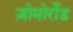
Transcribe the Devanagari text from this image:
ज़ोमोर्रोड